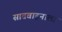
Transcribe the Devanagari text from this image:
सातवाहनाला